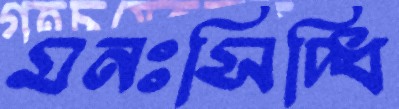
মনঃসিদ্ধি